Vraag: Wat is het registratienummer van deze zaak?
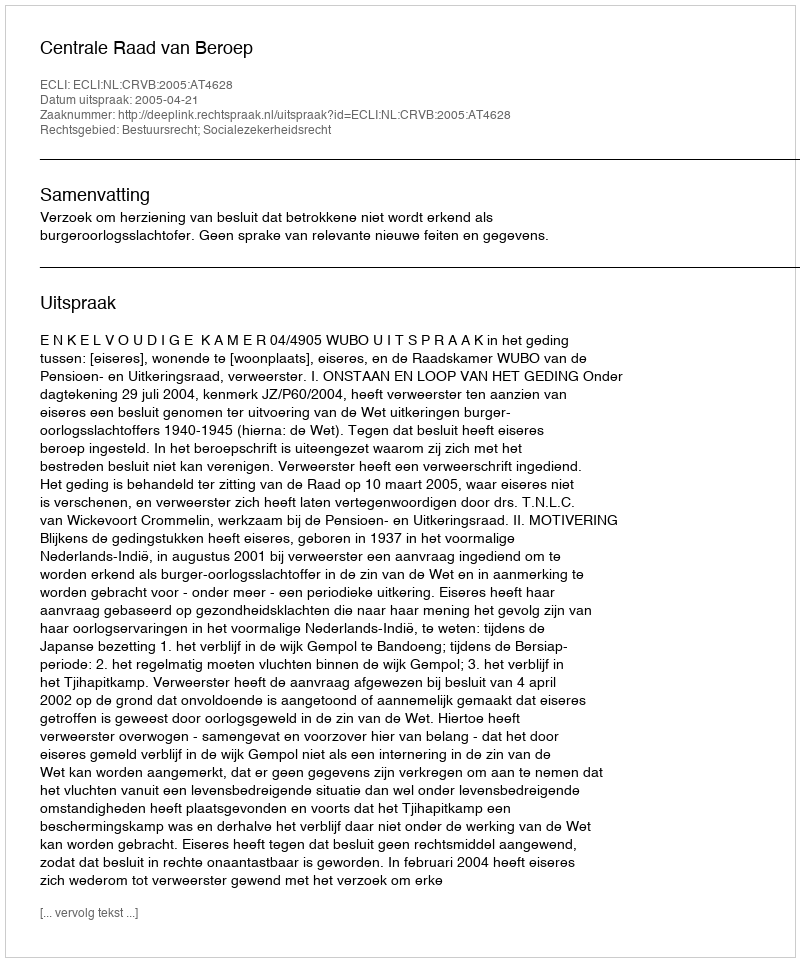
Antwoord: http://deeplink.rechtspraak.nl/uitspraak?id=ECLI:NL:CRVB:2005:AT4628